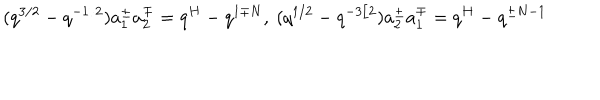
( q ^ { 3 / 2 } - q ^ { - 1 / 2 } ) a _ { 1 } ^ { \pm } a _ { 2 } ^ { \mp } = q ^ { H } - q ^ { 1 \mp N } , \ ( q ^ { 1 / 2 } - q ^ { - 3 / 2 } ) a _ { 2 } ^ { \pm } a _ { 1 } ^ { \mp } = q ^ { H } - q ^ { \pm N - 1 }